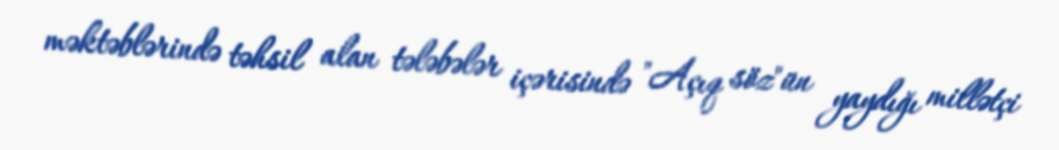
məktəblərində təhsil alan tələbələr içərisində "Açıq söz"ün yaydığı millətçi